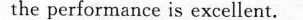
the performance is excellent.